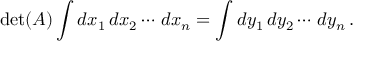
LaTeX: \operatorname* { d e t } ( A ) \int d x _ { 1 } \, d x _ { 2 } \cdots \, d x _ { n } = \int d y _ { 1 } \, d y _ { 2 } \cdots \, d y _ { n } \, .